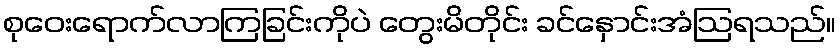
စုဝေးရောက်လာကြခြင်းကိုပဲ တွေးမိတိုင်း ခင်နှောင်းအံဩရသည်။